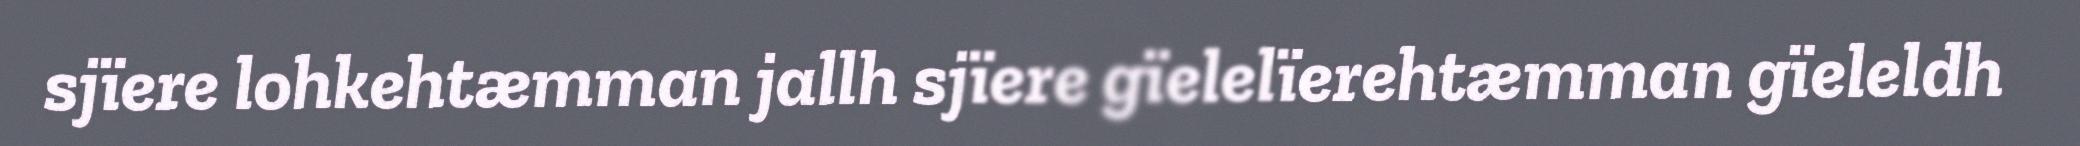
sjïere lohkehtæmman jallh sjïere gïelelïerehtæmman gïeleldh